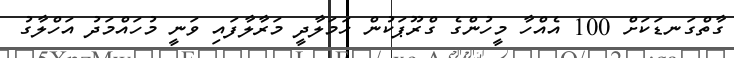
ގާތްގަނޑަކަށް 100 އެއްހާ މީހުންގެ ގްރޫޕަކުން ހަމަލާދީ މަރާލާފައި ވަނީ މުހައްމަދު އަހްލާގު